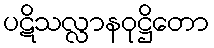
ပဋိသလ္လာနဝုဋ္ဌိတော